Jaan_Tonisson_(Lasteleht), lk 425
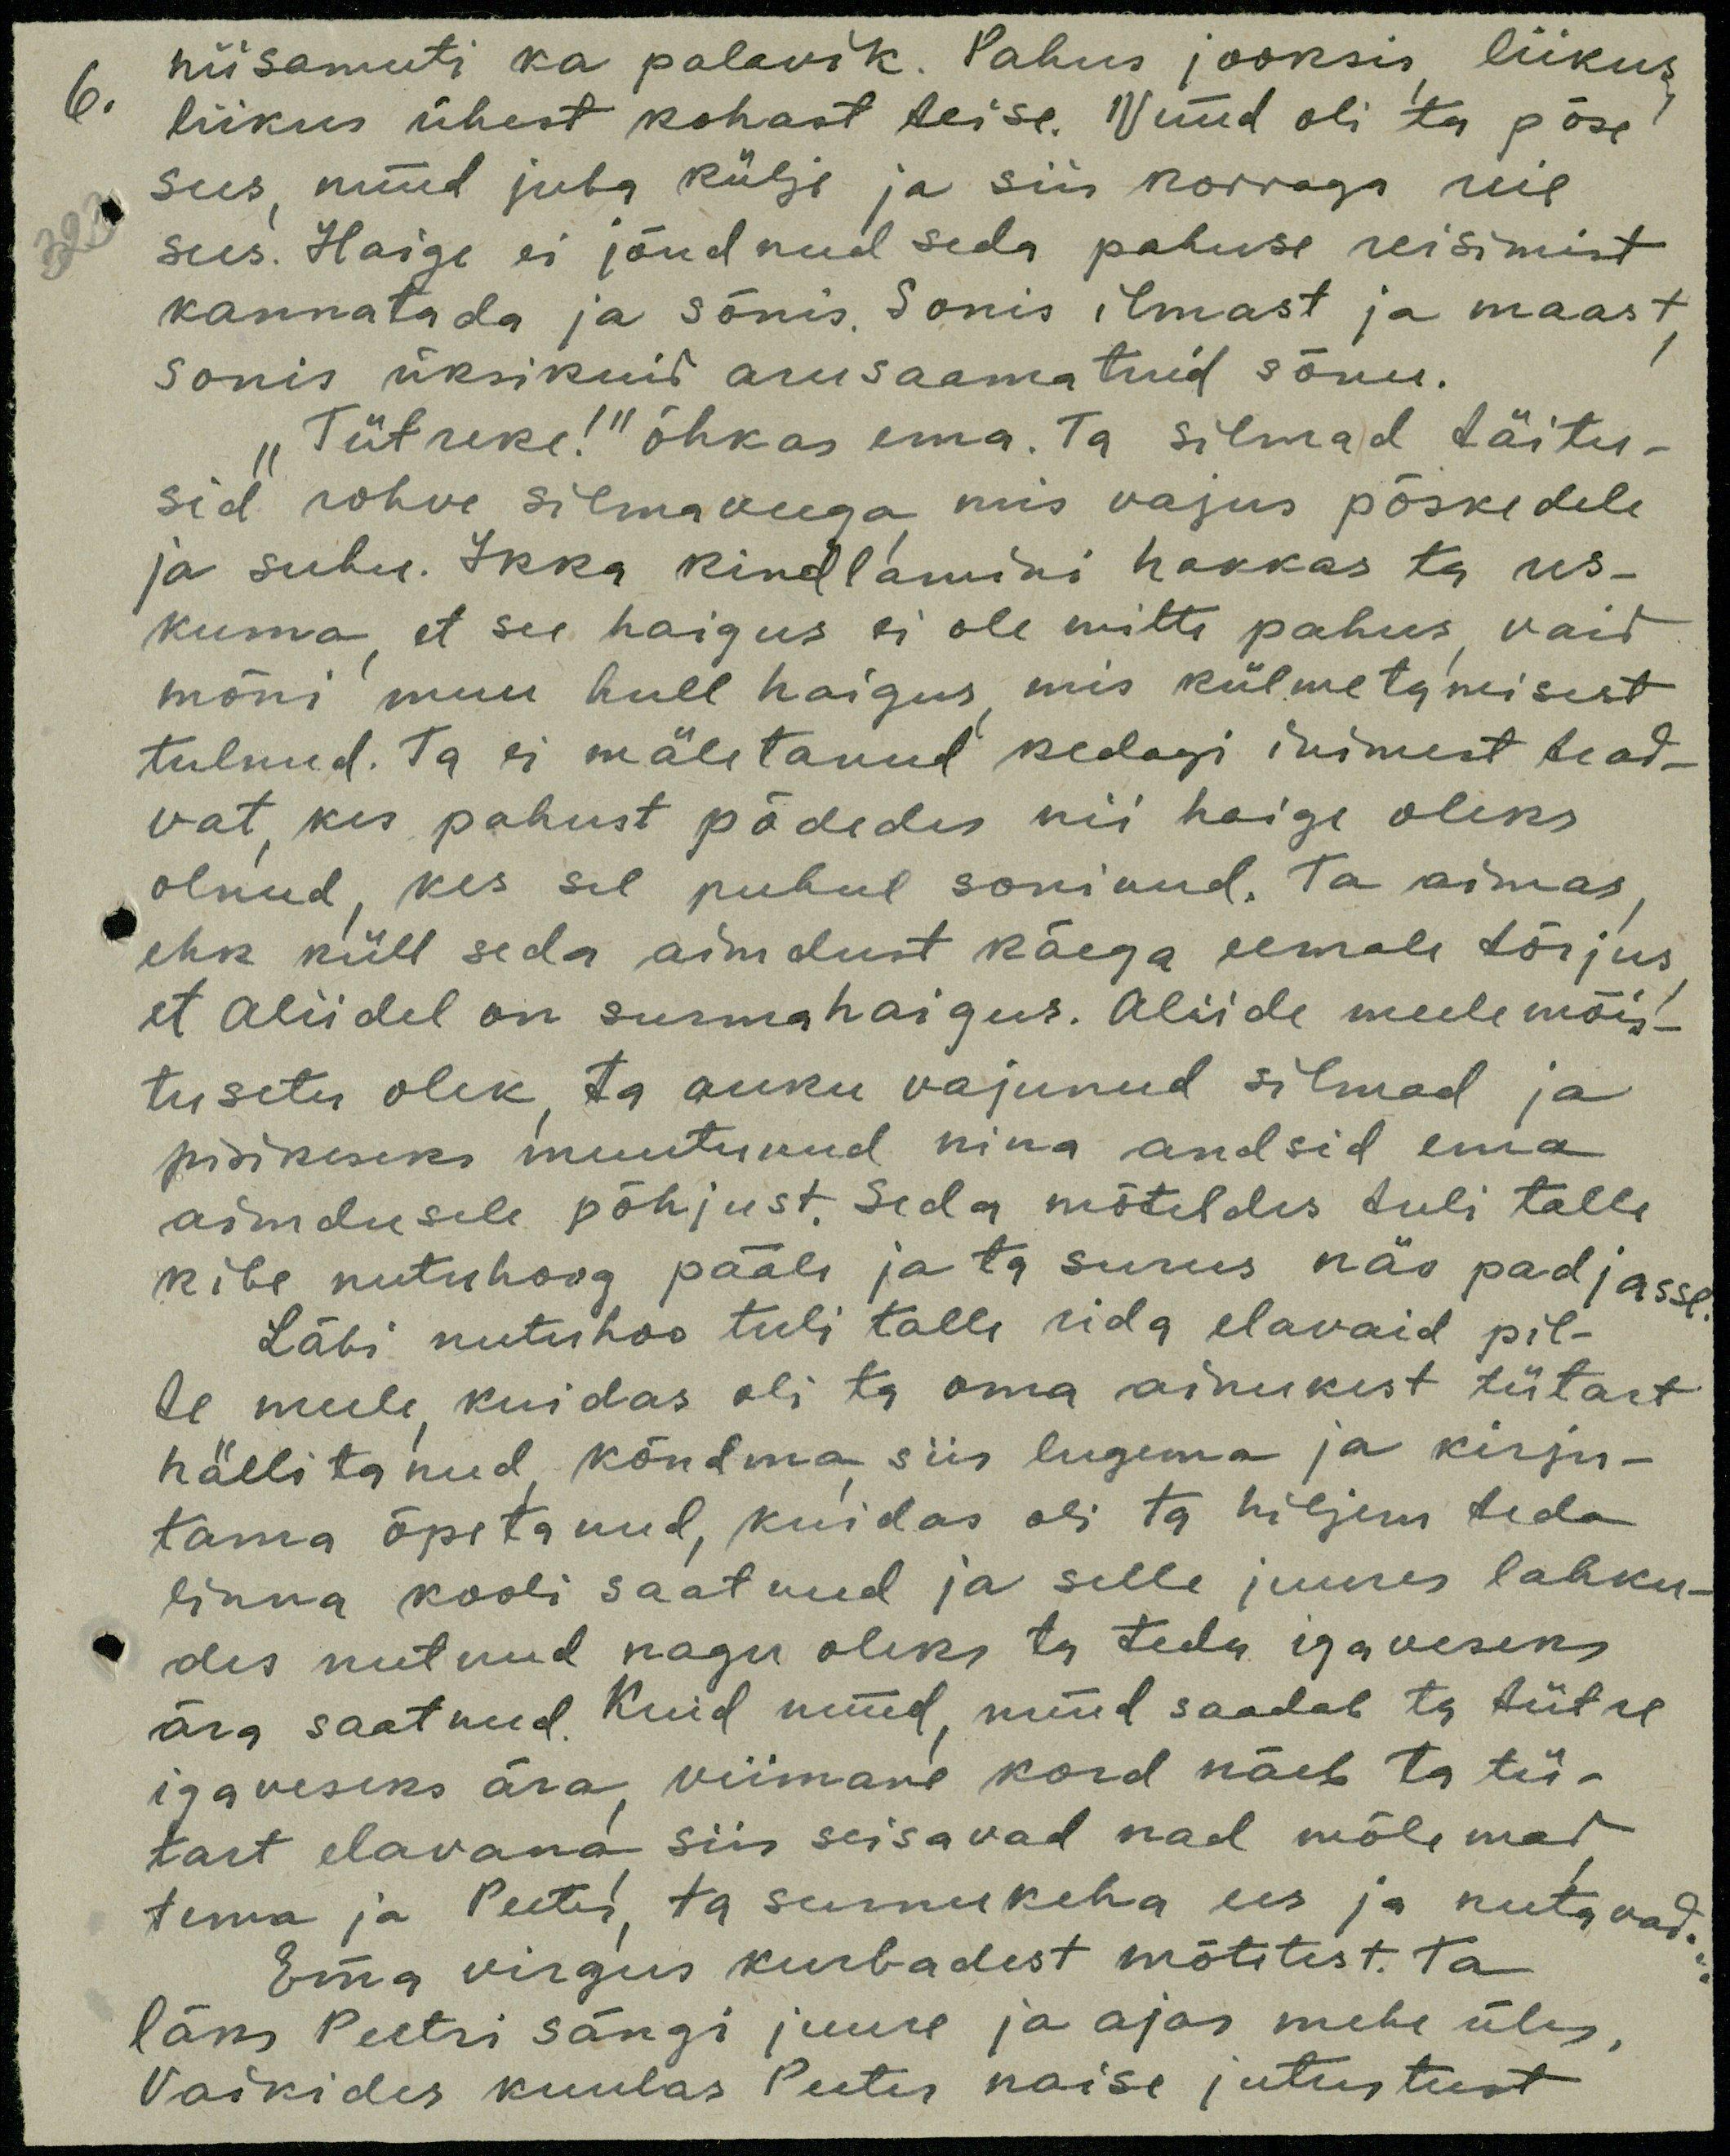
niisamuti ka palavik. Pahus jooksis liikus
liikus ühest kohast teise. Nüüd oli ta põse
sees, nüüd juba külje ja siis korraga reie
sees. Haige ei jõudnud seda pahuse reisimist
kannatada ja sonis. Sonis ilmast ja maast,
sonis üksikuid arusaamatuid sõnu.
Tütreke!" õhkas ema. Ta silmad täitu-
sid rohke silmaveega mis vajus põskedele
ja suhu. Ikka kindlamini hakkas ta us-
kuma, et see haigus ei ole mitte pahus vaid
mõni muu hull haigus, mis külmetamisest
tulnud. Ta ei mäletanud kedagi inimest tead-
vat, kes pahust põdedes nii haige oleks
olnud, kes sel puhul soninud. Ta aimas
ehk küll seda aimdust käega eemale tõrjus
et Aliidel on surmahaigus. Aliide meele mõis-
tusetu olek, ta auku vajunud silmad ja
pisikeseks muutunud nina andsid ema
aimdusele põhjust. Seda mõteldes tuli talle
kibe nutuhoog pääle ja ta surus näo padjasse
Läbi nutuhoo tuli talle rida elavaid pil-
te meele kuidas oli ta oma ainukest tütart
hällitanud kõndma siis lugema ja kirju-
tama õpetanud, kuidas oli ta hiljem teda
linna kooli saatnud ja selle juures lahku-
des nutnud nagu oleks ta teda igaveseks
ära saatnud. Kuid nüüd, nüüd saadab ta tütre
igaveseks ära viimane kord näeb ta tü-
tart elavana siis seisavad nad mõlemad
tema ja Peeter, ta surnukeha ees ja nutavad.
Ema virgus kurbadest mõtetest. Ta
läks Peetri sängi juure ja ajas mehe üles,
Vaikides kuulas Peeter naise jutustust